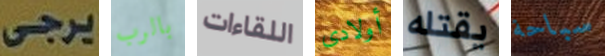
يرجى بالرب اللقاءات أولادى يقتله سباحة